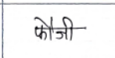
मजकूर: फौजी